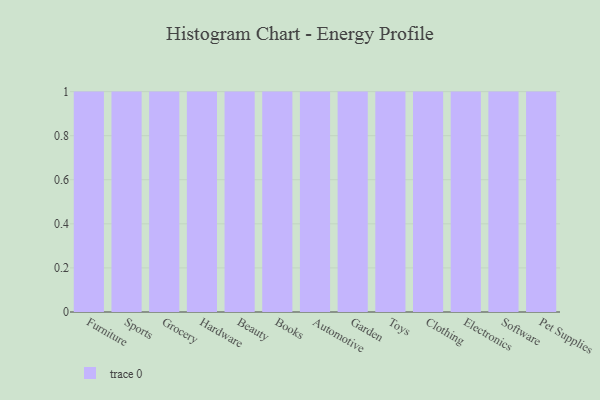
{"axis": {"x": "Category", "y": "Temperature (°C)"}, "legend": [""], "data": [{"x": "Furniture", "y": 23, "type": ""}, {"x": "Sports", "y": 19, "type": ""}, {"x": "Grocery", "y": 75, "type": ""}, {"x": "Hardware", "y": 84, "type": ""}, {"x": "Beauty", "y": 89, "type": ""}, {"x": "Books", "y": 68, "type": ""}, {"x": "Automotive", "y": 53, "type": ""}, {"x": "Garden", "y": 85, "type": ""}, {"x": "Toys", "y": 8, "type": ""}, {"x": "Clothing", "y": 83, "type": ""}, {"x": "Electronics", "y": 65, "type": ""}, {"x": "Software", "y": 13, "type": ""}, {"x": "Pet Supplies", "y": 71, "type": ""}]}